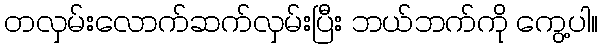
တလှမ်းလောက်ဆက်လှမ်းပြီး ဘယ်ဘက်ကို ကွေ့ပါ။